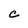
Character: C